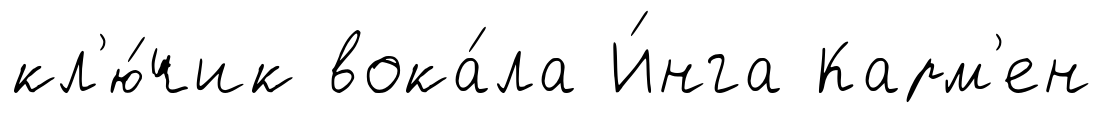
кл'ю́чик вока́ла И́нга Карм'ен